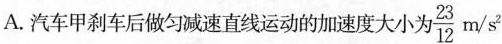
A.汽车甲刹车后做匀减速直线运动的加速度大小为 \frac{23}{12}m/s^{2}